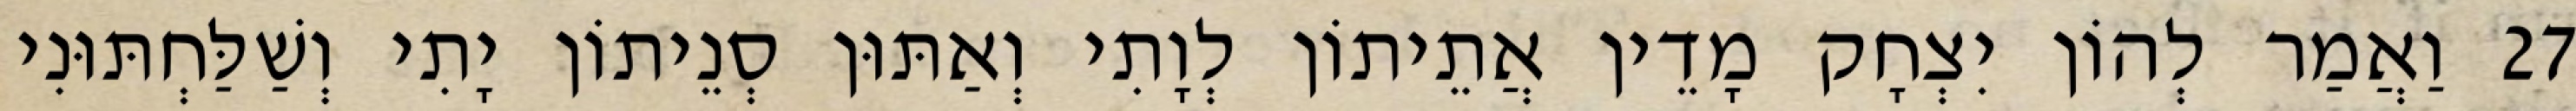
27 וַאֲמַר לְהוֹן יִצְחָק מָדֵין אֲתֵיתוֹן לְוָתִי וְאַתּוּן סְנֵיתוֹן יָתִי וְשַׁלַּחְתּוּנִי